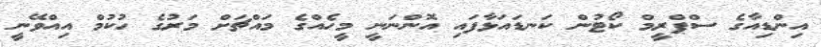
އިންޑިއާގެ ސްޕްރީމް ކޯޓުން ކަނޑައަޅާފައި އޮންނަނީ މީހެއްގެ މައްޗަށް މަރުގެ ހުކުމް އިއްވޭނީ